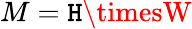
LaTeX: M=\mathtt{H}\timesW